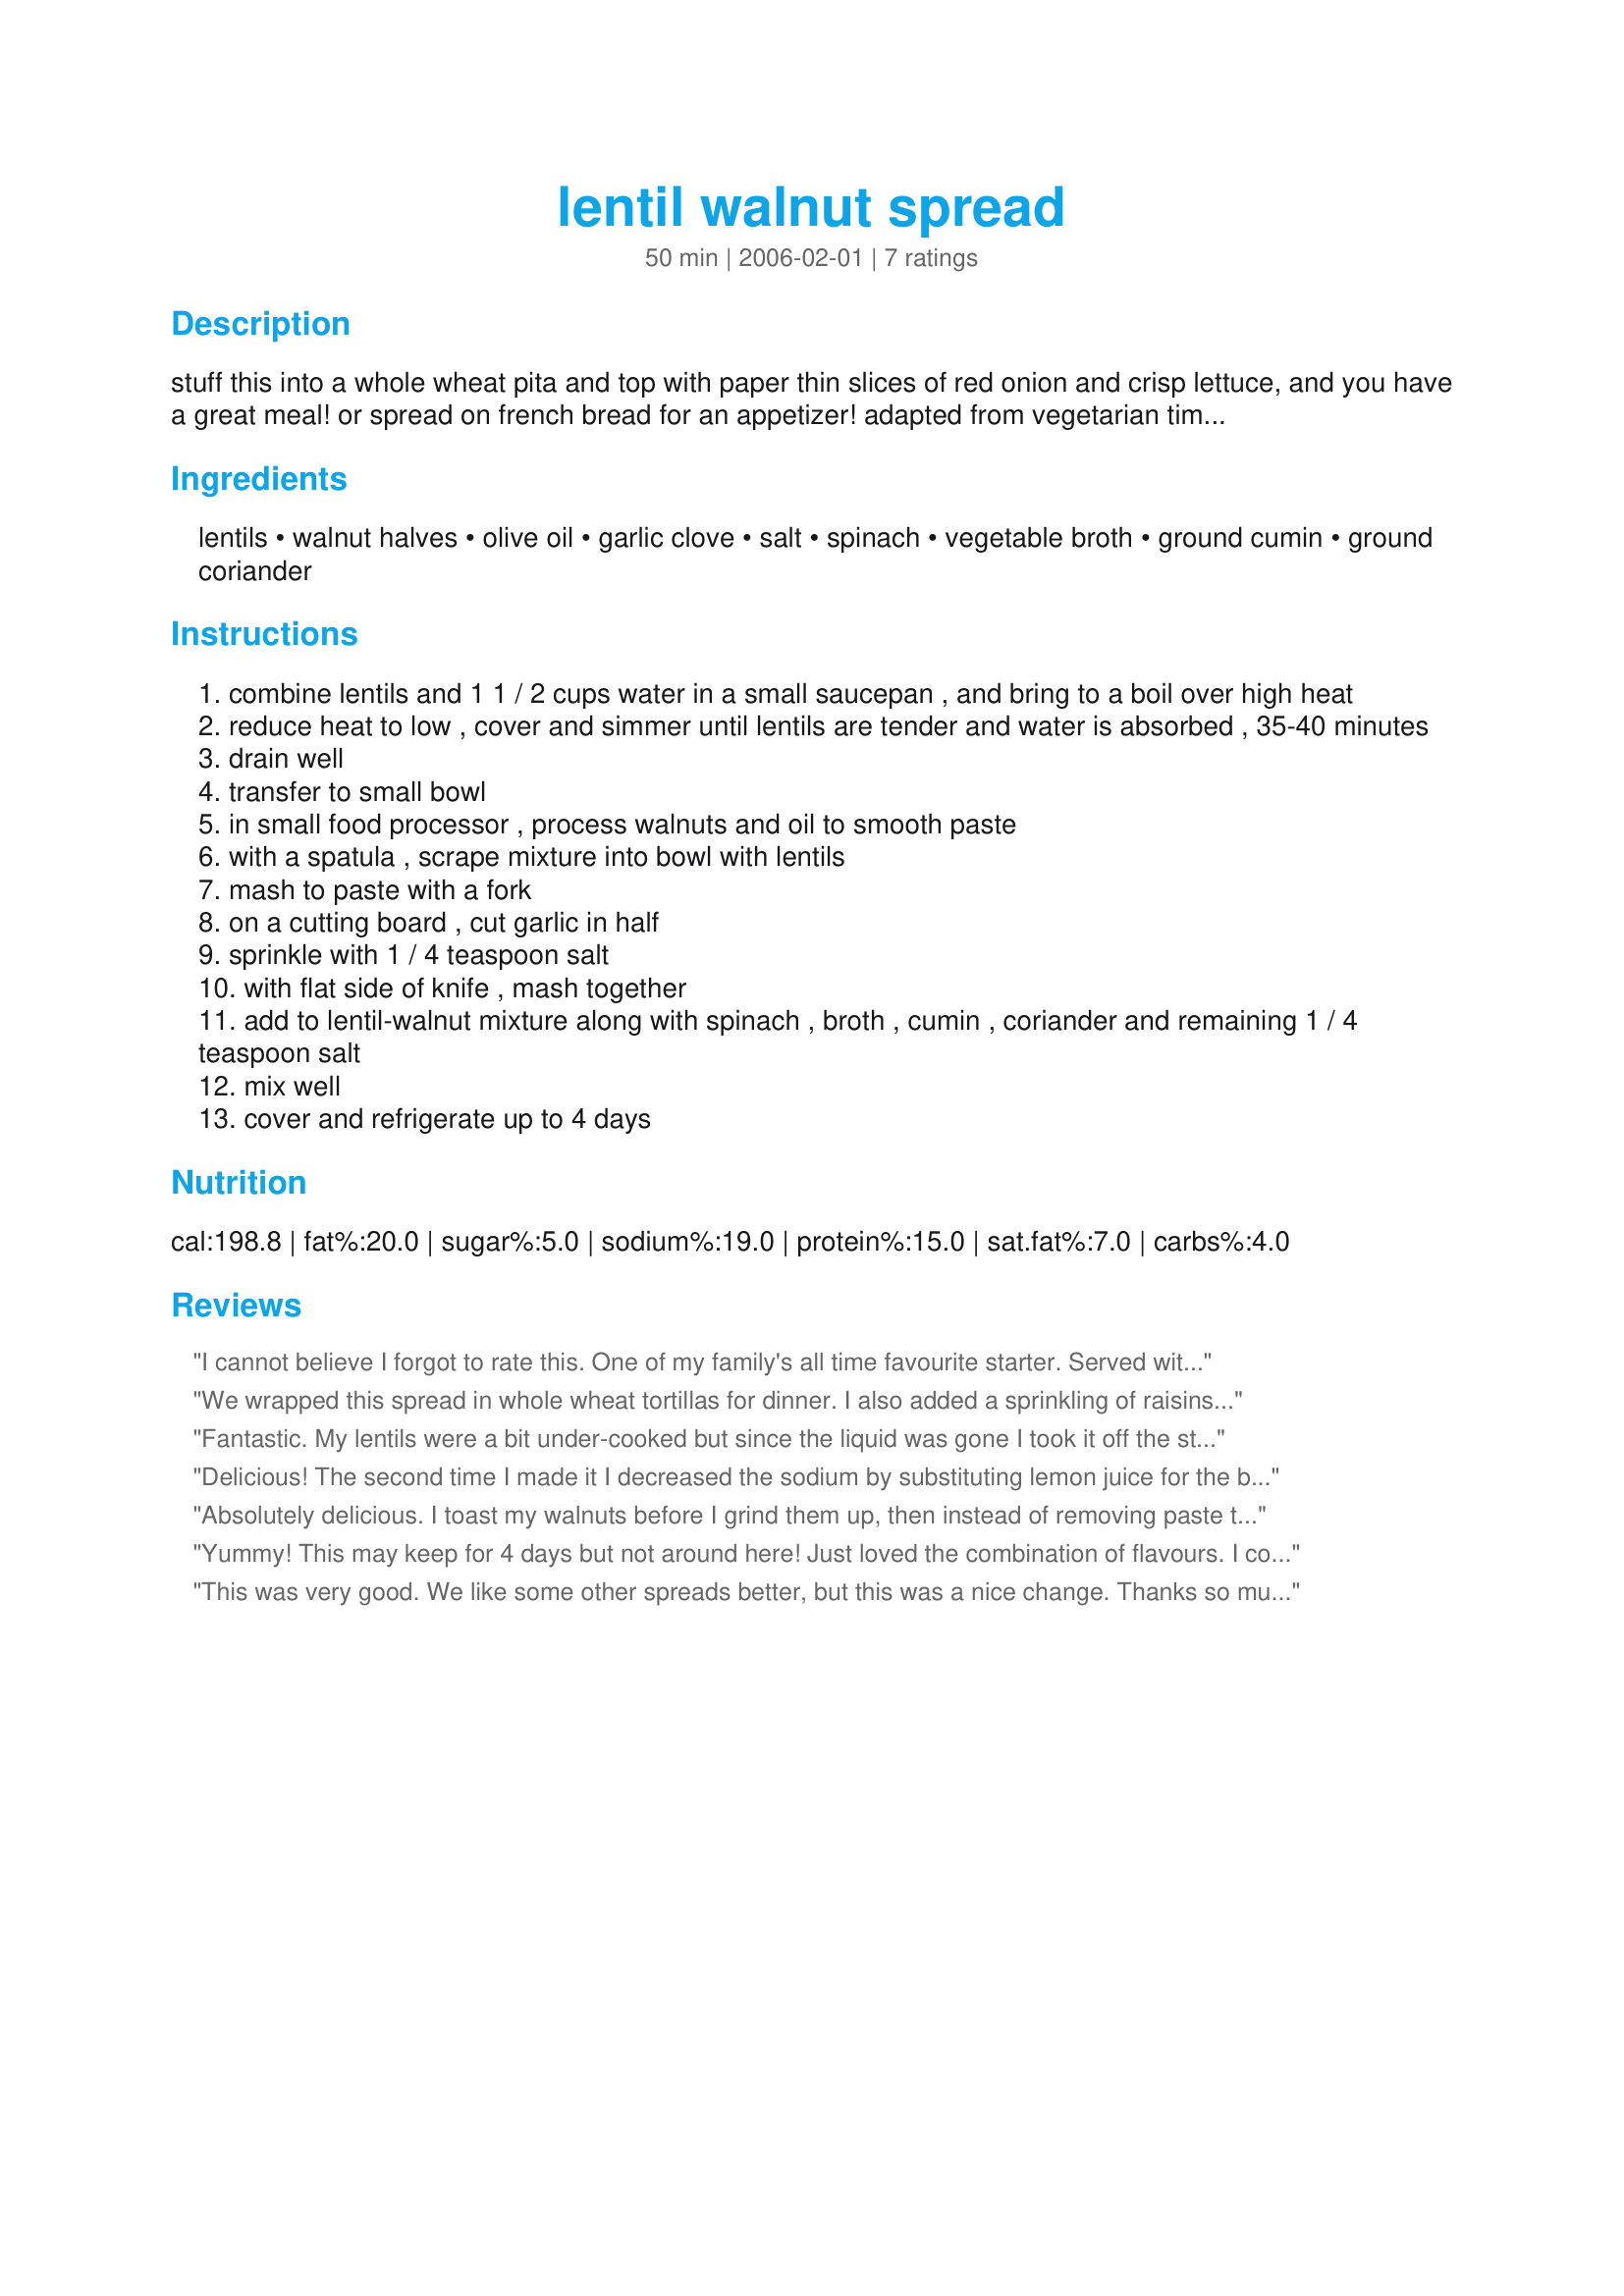
lentil walnut spread
Preparation time: 50 minutes

stuff this into a whole wheat pita and top with paper thin slices of red onion and crisp lettuce, and you have a great meal! or spread on french bread for an appetizer! adapted from vegetarian times magazine.

Ingredients:
lentils, walnut halves, olive oil, garlic clove, salt, spinach, vegetable broth, ground cumin, ground coriander

Steps:
combine lentils and 1 1 / 2 cups water in a small saucepan , and bring to a boil over high heat
reduce heat to low , cover and simmer until lentils are tender and water is absorbed , 35-40 minutes
drain well
transfer to small bowl
in small food processor , process walnuts and oil to smooth paste
with a spatula , scrape mixture into bowl with lentils
mash to paste with a fork
on a cutting board , cut garlic in half
sprinkle with 1 / 4 teaspoon salt
with flat side of knife , mash together
add to lentil-walnut mixture along with spinach , broth , cumin , coriander and remaining 1 / 4 teaspoon salt
mix well
cover and refrigerate up to 4 days

Reviews:
I cannot believe I forgot to rate this. One of my family's all time favourite starter. Served with challa for friday night dinner or on crackers for lunch box. Delicious. I use drained canned brown lentils very quick easy and delicious.
We wrapped this spread in whole wheat tortillas for dinner. I also added a sprinkling of raisins and a spoonful of lowfat sour cream to each tortilla before rolling them up. My vegetarian fussy daughter liked them quite well, as did DH and I. It was also good on crackers.
Fantastic. My lentils were a bit under-cooked but since the liquid was gone I took it off the stove. So, it did not mush up with a fork, but that turned out to be just fine. Added a bit of lemon juice as well and ate it for lunch along with a slice of dark bread and baby greens salad. Made a double batch, and even so we ate it up in less than two days. We'll make this again for sure. Thanks for posting it.
Delicious! The second time I made it I decreased the sodium by substituting lemon juice for the broth. Also, I like things spicy, and I love Indian spices, so I doubled the cumin and coriander and added 1/2 tsp of curry powder.
Absolutely delicious. I toast my walnuts before I grind them up, then instead of removing paste to a bowl, I add the remaining ingredients to my food processor and pulse a few times to blend. Sometimes I get distracted and the pulsing turns into a puree, but it's all good. The color is beautiful, and this is very easy to throw together. I've been making wraps with this on spinach tortillas, adding mesclun, grated carrots and some of Sharon's recipe for sprouted lentil and bulgar salad. A great vegetarian lunch, thanks, Sharon.
Yummy! This may keep for 4 days but not around here! Just loved the combination of flavours. I couldn't quite undertand the instruction about the garlic so I minced the garlic and used only half the quantity of salt specified. Thank you for another wonderful recipe, Sharon. Next time I make this, I'll be making only one change: I'll be doubling the recipe.

This was very good. We like some other spreads better, but this was a nice change. Thanks so much for sharing! :O)
